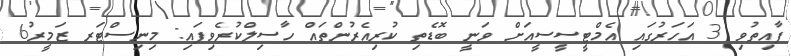
ފާއިތުވި 3 އަހަރުގައި އެމްޓީސީސީއަށް ވަނީ ބޮޑެތި ކުރިއެރުންތައް ހާސިލްކުރެވިފައި: މިނިސްޓަރ ޒަމީރު6